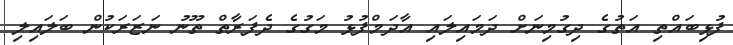
ފުޅިބައްތި އަތުގެ ދިގުމިނަށް ދަމައިލައި އާދަމްފުޅު މަގުގެ ދެފަރާތް ތޫނު ނަޒަރަކުން ބަލައިލި